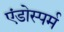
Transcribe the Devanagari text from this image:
एंडोस्पर्म